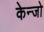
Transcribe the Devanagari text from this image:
केन्जो